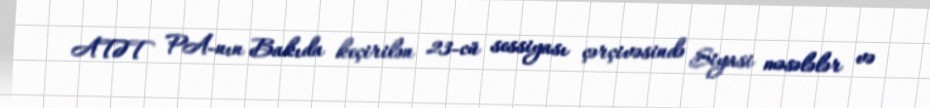
ATƏT PA-nın Bakıda keçirilən 23-cü sessiyası çərçivəsində Siyasi məsələlər və